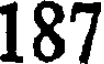
187